Civil Veterinary Dept. Bombay admin report 1914-1922 - 1914-1922
Year: 1914
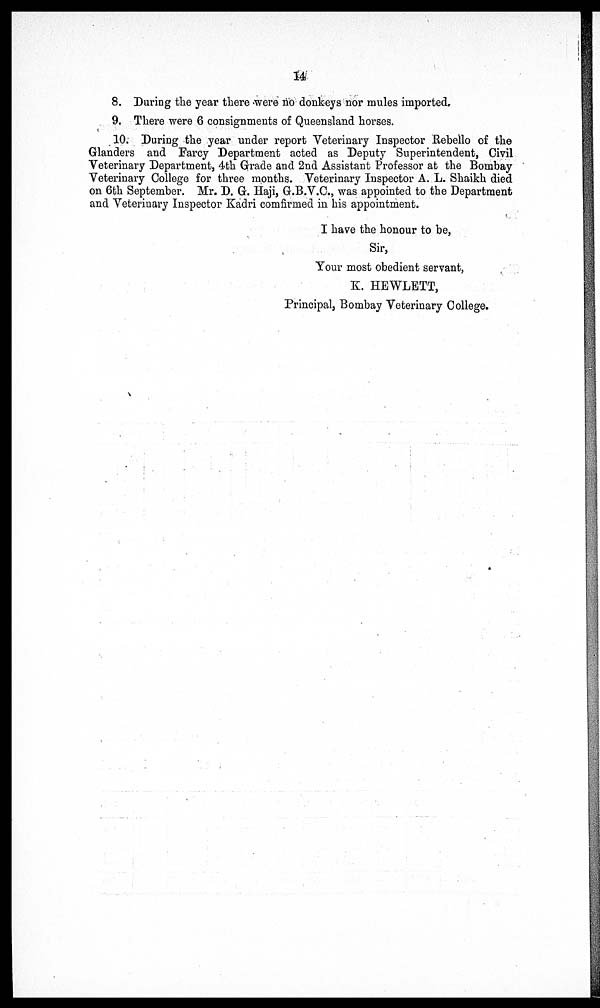
14
8. During the year there were no donkeys nor mules imported.
9. There were 6 consignments of Queensland horses.
10. During the year under report Veterinary Inspector Rebello of the
Glanders and Farcy Department acted as Deputy Superintendent, Civil
Veterinary Department, 4th Grade and 2nd Assistant Professor at the Bombay
Veterinary College for three months. Veterinary Inspector A. L. Shaikh died
on 6th September. Mr. D. G. Haji, G.B.V.C., was appointed to the Department
and Veterinary Inspector Kadri comfirmed in his appointment.
I have the honour to be,
Sir,
Your most obedient servant,
K. HEWLETT,
Principal, Bombay Veterinary College.